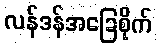
လန်ဒန်အခြေစိုက်